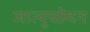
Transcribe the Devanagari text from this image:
जात्युच्छेदन